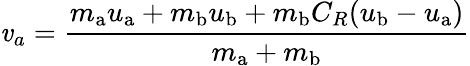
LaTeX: \mathit{v}_{a}={\frac{{m_{\mathrm{{a}}}u_{\mathrm{{a}}}+m_{\mathrm{{b}}}u_{\mathrm{{b}}}+m_{\mathrm{{b}}}C_{R}(u_{\mathrm{{b}}}-u_{\mathrm{{a}}})}}{{m_{\mathrm{{a}}}+m_{\mathrm{{b}}}}}}